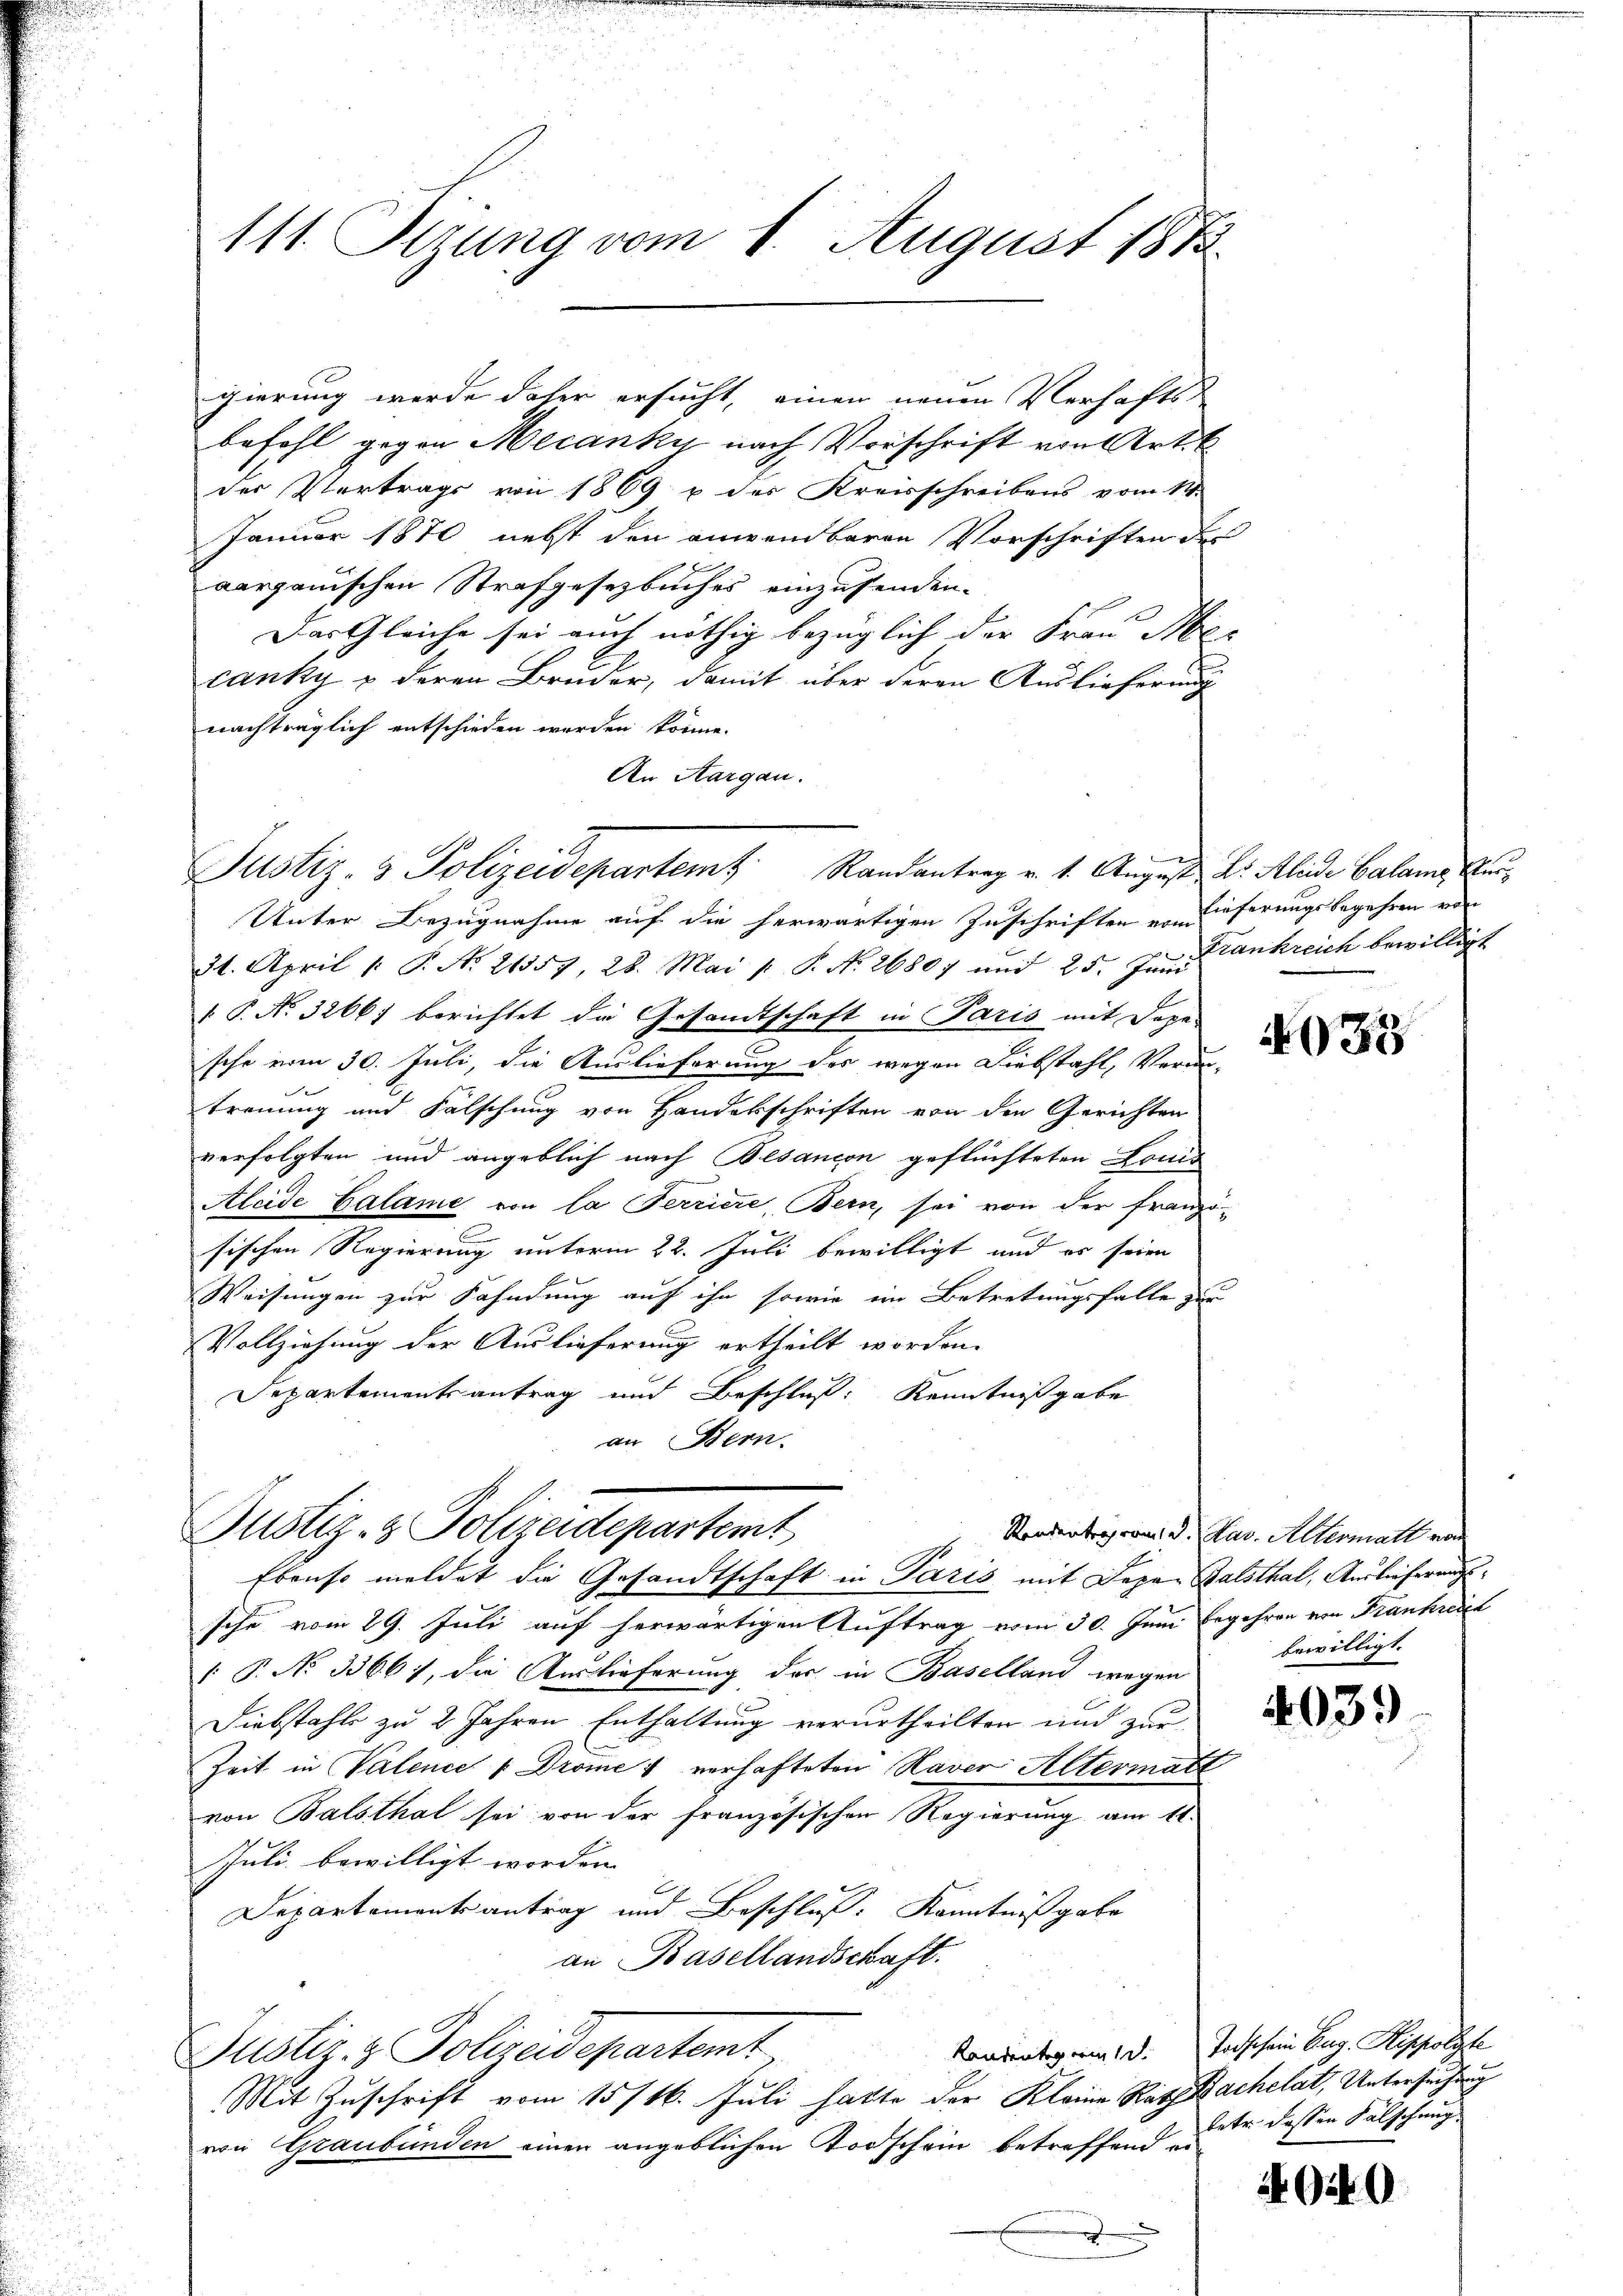
111. Serung vom 1. August 1873.

gierung werde daher ersucht, einen neuen Verhafts-
befehl gegen Mecanky nach Vorschrift von Art. E
der Vertrags von 1869 u des Kreisschreibens vom 14.
Januar 1870 nebst den anwendbaren Vorschriften des
aargauischen Strafgesetzbuches einzusenden.
Das Gleiche sei auch nöthig bezüglich der Frau Mol- |
canky & deren Bruder, damit über deren Auslieferung
nachträglich entschieden werden könne.
An Aargau.

Justiz- & Polizeidepartemt. Randantrag v. 1. August Dr. Alide Calame Er

Unter Bezugnahme auf die herwärtigen Zuschriften vom
31. April 1. P. No 21357, 28. Mai p. P. Nr. 26807 und 25. Jun. Krankreich bewilligt
 P. No. 32667 berichtet die Gesandtschaft in Paris mit Dage
sche vom 30. Juli, die Auslieferung des wegen Diebstahl, Verun-
trennung und Fälschung von Handesschriften von den Gerichten
verfolgten und angeblich nach Besancon geflüchteten Louis
Aleide Calame von la Perriere, Bern, sei von der franzö-
sischen Regierung unterm 22. Juli bewilligt und es seien
Weisungen zur Fahndung auf ihn sowie ein Betretungsfalle zur
Vollziehung der Auslieferung ertheilt worden.
Departementsantrag und Beschluß: Kenntnißgabe
an Bern.

sche vom 29. Juli auf herwärtigen Auftrag vom 30. Juni begehren von Frankreich
P. No 3366, die Auslieferung der in Baselland wegen
1
Diebstahls zu 2 Jahren Enthaltung verurtheilten und zur
Zeit in Valence / Dröme 1 verhafteten Haver Altermatt
von Balsthal sei von der französischen Regierung am 11.
Juli bewilligt worden.
Departementsantrag und Beschluss. Kenntnißgabe
an Basellandschaft.
Justiz- & Polizeidepartemt
Mit Zuschrift vom 15/16. Juli hatte der Kleine Rath Bachelat, Untersuchung
von Graubünden einen angeblichen Todschein betreffend er¬
.

Justiz- & Polizeidepartemt
Ebenso meldet die Gesandtschaft in Paris mit Depar Balsthal, Auslieferungs¬

lieferungsbegehren von

033

Rendenträgern, d. Mar. Allermall von
bewilligt.

4039

Kandentag am 13. Taschein Aug. Seppolyte
betr. dessen Fälschung

929